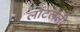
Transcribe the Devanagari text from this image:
लोटलेली